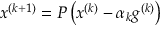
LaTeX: x ^ { ( k + 1 ) } = P \left( x ^ { ( k ) } - \alpha _ { k } g ^ { ( k ) } \right)